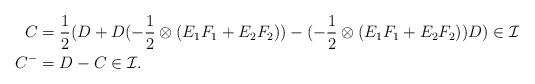
LaTeX: \begin{align*}C & = \frac{1}{2}(D + D (-\frac{1}{2} \otimes (E_1 F_1 + E_2 F_2)) - (-\frac{1}{2} \otimes (E_1 F_1 + E_2 F_2)) D) \in \mathcal{I}\\C^{-} & = D - C \in \mathcal{I}.\end{align*}